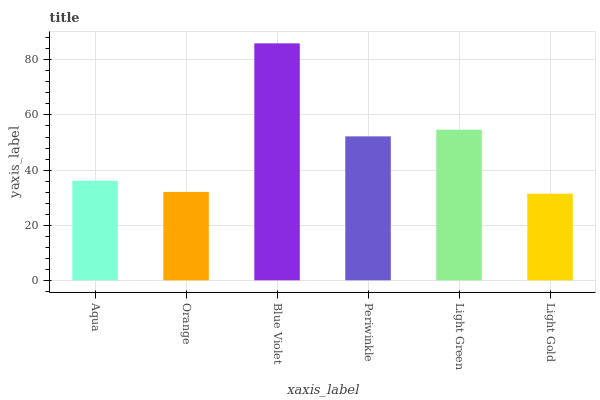
| xaxis_label | bars |
 | --- | --- |
 | Aqua | 36.1 |
 | Orange | 32.1 |
 | Blue Violet | 86 |
 | Periwinkle | 52.2 |
 | Light Green | 54.6 |
 | Light Gold | 31.4 |